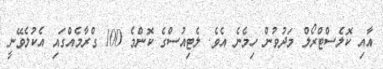
އާއި ކޮލެސްޓްރޯލް މަދުވުން ހިމެނެ އެވެ. ލެޓިއުސްގެ ކޮންމެ 100 ގްރާމެއްގައި އެކުލެވޭނީ